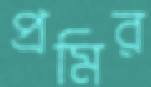
প্রমির